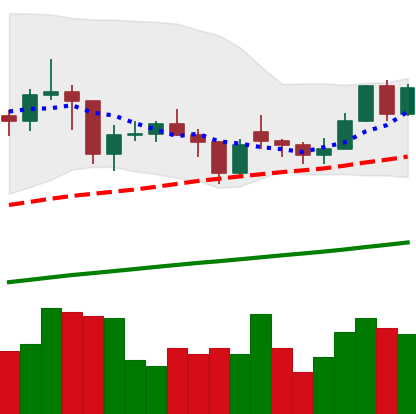
Ticker: LTC-USD
Chart end date: 2021-02-05
Forward return: 17.644%
Label: up_7plus